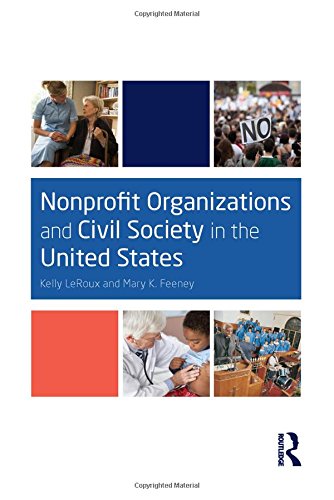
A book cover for Nonprofit Organizations and Civil Society in the United States; Kelly LeRoux; Business & Money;